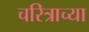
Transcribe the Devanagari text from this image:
चरित्राच्या